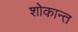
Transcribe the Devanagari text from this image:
शोकान्‍त